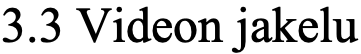
3.3 Videon jakelu